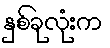
နှစ်ခုလုံးက